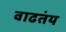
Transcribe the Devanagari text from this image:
वाढतंय